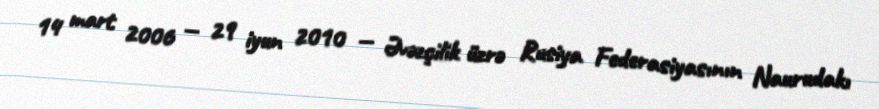
14 mart 2006 — 29 iyun 2010 — Əvəzçilik üzrə Rusiya Federasiyasının Naurudakı